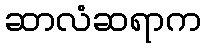
ဆာလံဆရာက